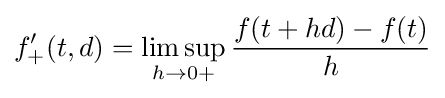
f'_{+}(t,d)=\limsup _{h\to {0+}}{\frac {f(t+hd)-f(t)}{h}}